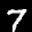
Label: 7